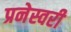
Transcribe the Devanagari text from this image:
प्रनेस्वरी